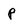
Character: P